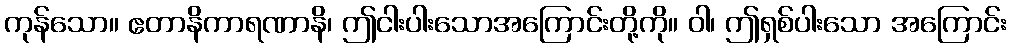
ကုန်သော။ ဧတာနိကာရဏာနိ၊ ဤငါးပါးသောအကြောင်းတို့ကို။ ဝါ၊ ဤရှစ်ပါးသော အကြောင်း